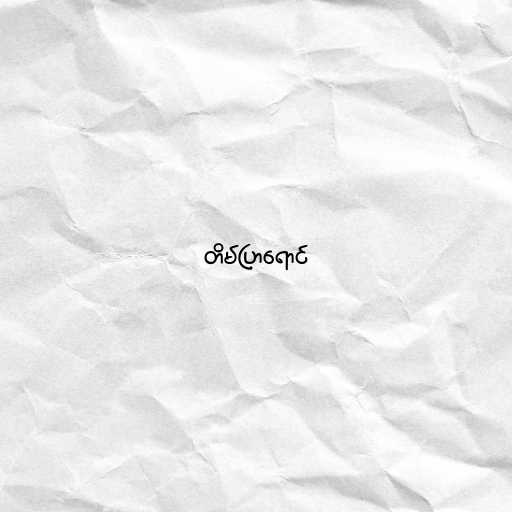
တိမ်ပြာရောင်